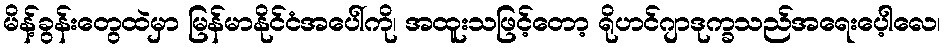
မိန့်ခွန်းတွေထဲမှာ မြန်မာနိုင်ငံအပေါ်ကို၊ အထူးသဖြင့်တော့ ရိုဟင်ဂျာဒုက္ခသည်အရေးပေ့ါလေ၊